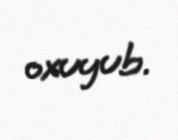
oxuyub.